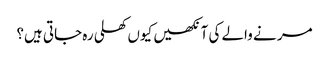
مر نے والے کی آنکھیں کیوں کھلی رہ جاتی ہیں؟